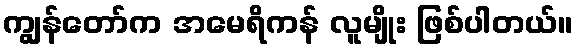
ကျွန်တော်က အမေရိကန် လူမျိုး ဖြစ်ပါတယ်။